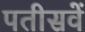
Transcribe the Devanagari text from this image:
पतीसवें